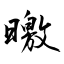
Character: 曒